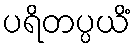
ပရိတပ္ပယိံ